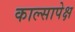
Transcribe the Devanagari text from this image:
काल्सापेक्ष